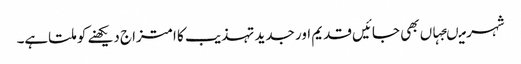
شہر میںجہاں بھی جائیں قدیم اور جدید تہذیب کا امتزاج دیکھنے کو ملتاہے۔